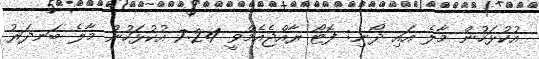
އުކުޅަހުން މާލެ އައި ދޯނި: ފޮޓޯ ރާއްޖެއެމްވީ 7:24 އުކުޅަހުން މާލެ ބަނދަރު